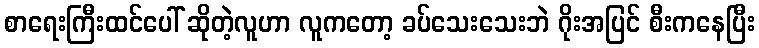
စာရေးကြီးထင်ပေါ် ဆိုတဲ့လူဟာ လူကတော့ ခပ်သေးသေးဘဲ ဂိုးအပြင် စီးကနေပြီး